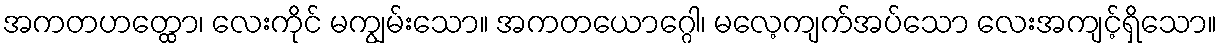
အကတဟတ္ထော၊ လေးကိုင် မကျွမ်းသော။ အကတယောဂ္ဂေါ၊ မလေ့ကျက်အပ်သော လေးအကျင့်ရှိသော။